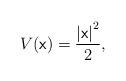
LaTeX: \begin{align*}V(\mathsf{x})=\frac{\left\vert \mathsf{x}\right\vert ^{2}}{2},\end{align*}